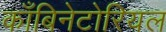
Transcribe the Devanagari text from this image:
काँबिनेटोरियल